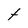
Character: t